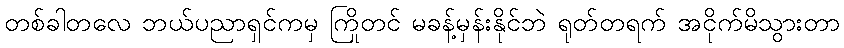
တစ်ခါတလေ ဘယ်ပညာရှင်ကမှ ကြိုတင် မခန့်မှန်းနိုင်ဘဲ ရုတ်တရက် အငိုက်မိသွားတာ